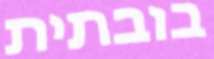
בובתית